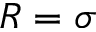
R = \sigma